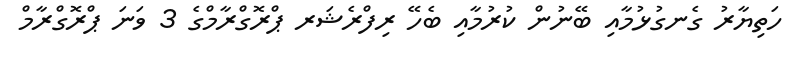
ހަތިޔާރު ގެނގުޅުމާއި ބޭނުން ކުރުމާއި ބެހޭ ރިފްރެޝަރ ޕްރޮގްރާމްގެ 3 ވަނަ ޕްރޮގްރާމް